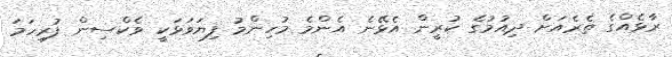
ރާޅެއްގެ ތެރެއަށް ދިއުމުގެ ކުރީން އެޅޭނެ އެންމެ މުހިންމު ފިޔަވަޅަކީ ވެކްސިން ފުރިހަމަ